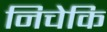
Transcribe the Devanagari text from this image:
निचेकि